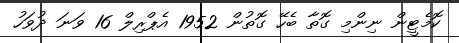
ކޮމެޓީން ނިންމި ގޮތާ ބެހޭ ގޮތުން 1952 އެޕްރިލް 16 ވަނަ ދުވަހު